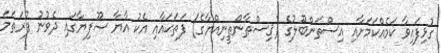
ގުޅިފައިވާ ކަމެއްކަމަށާއި އިސްތަންބޫލުގެ (ޤިސްޠާންޠީނިއްޔާގެ) ފަތަޙައާއި އެކު އާޔާ ޞޫފިޔާގައި ދެވުނު ފުރަތަމަ